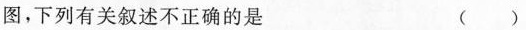
图，下列有关叙述不正确的是 ( )